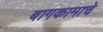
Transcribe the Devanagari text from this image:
बागकामाचे